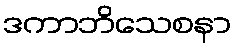
ဒကာဘိသေစနာ